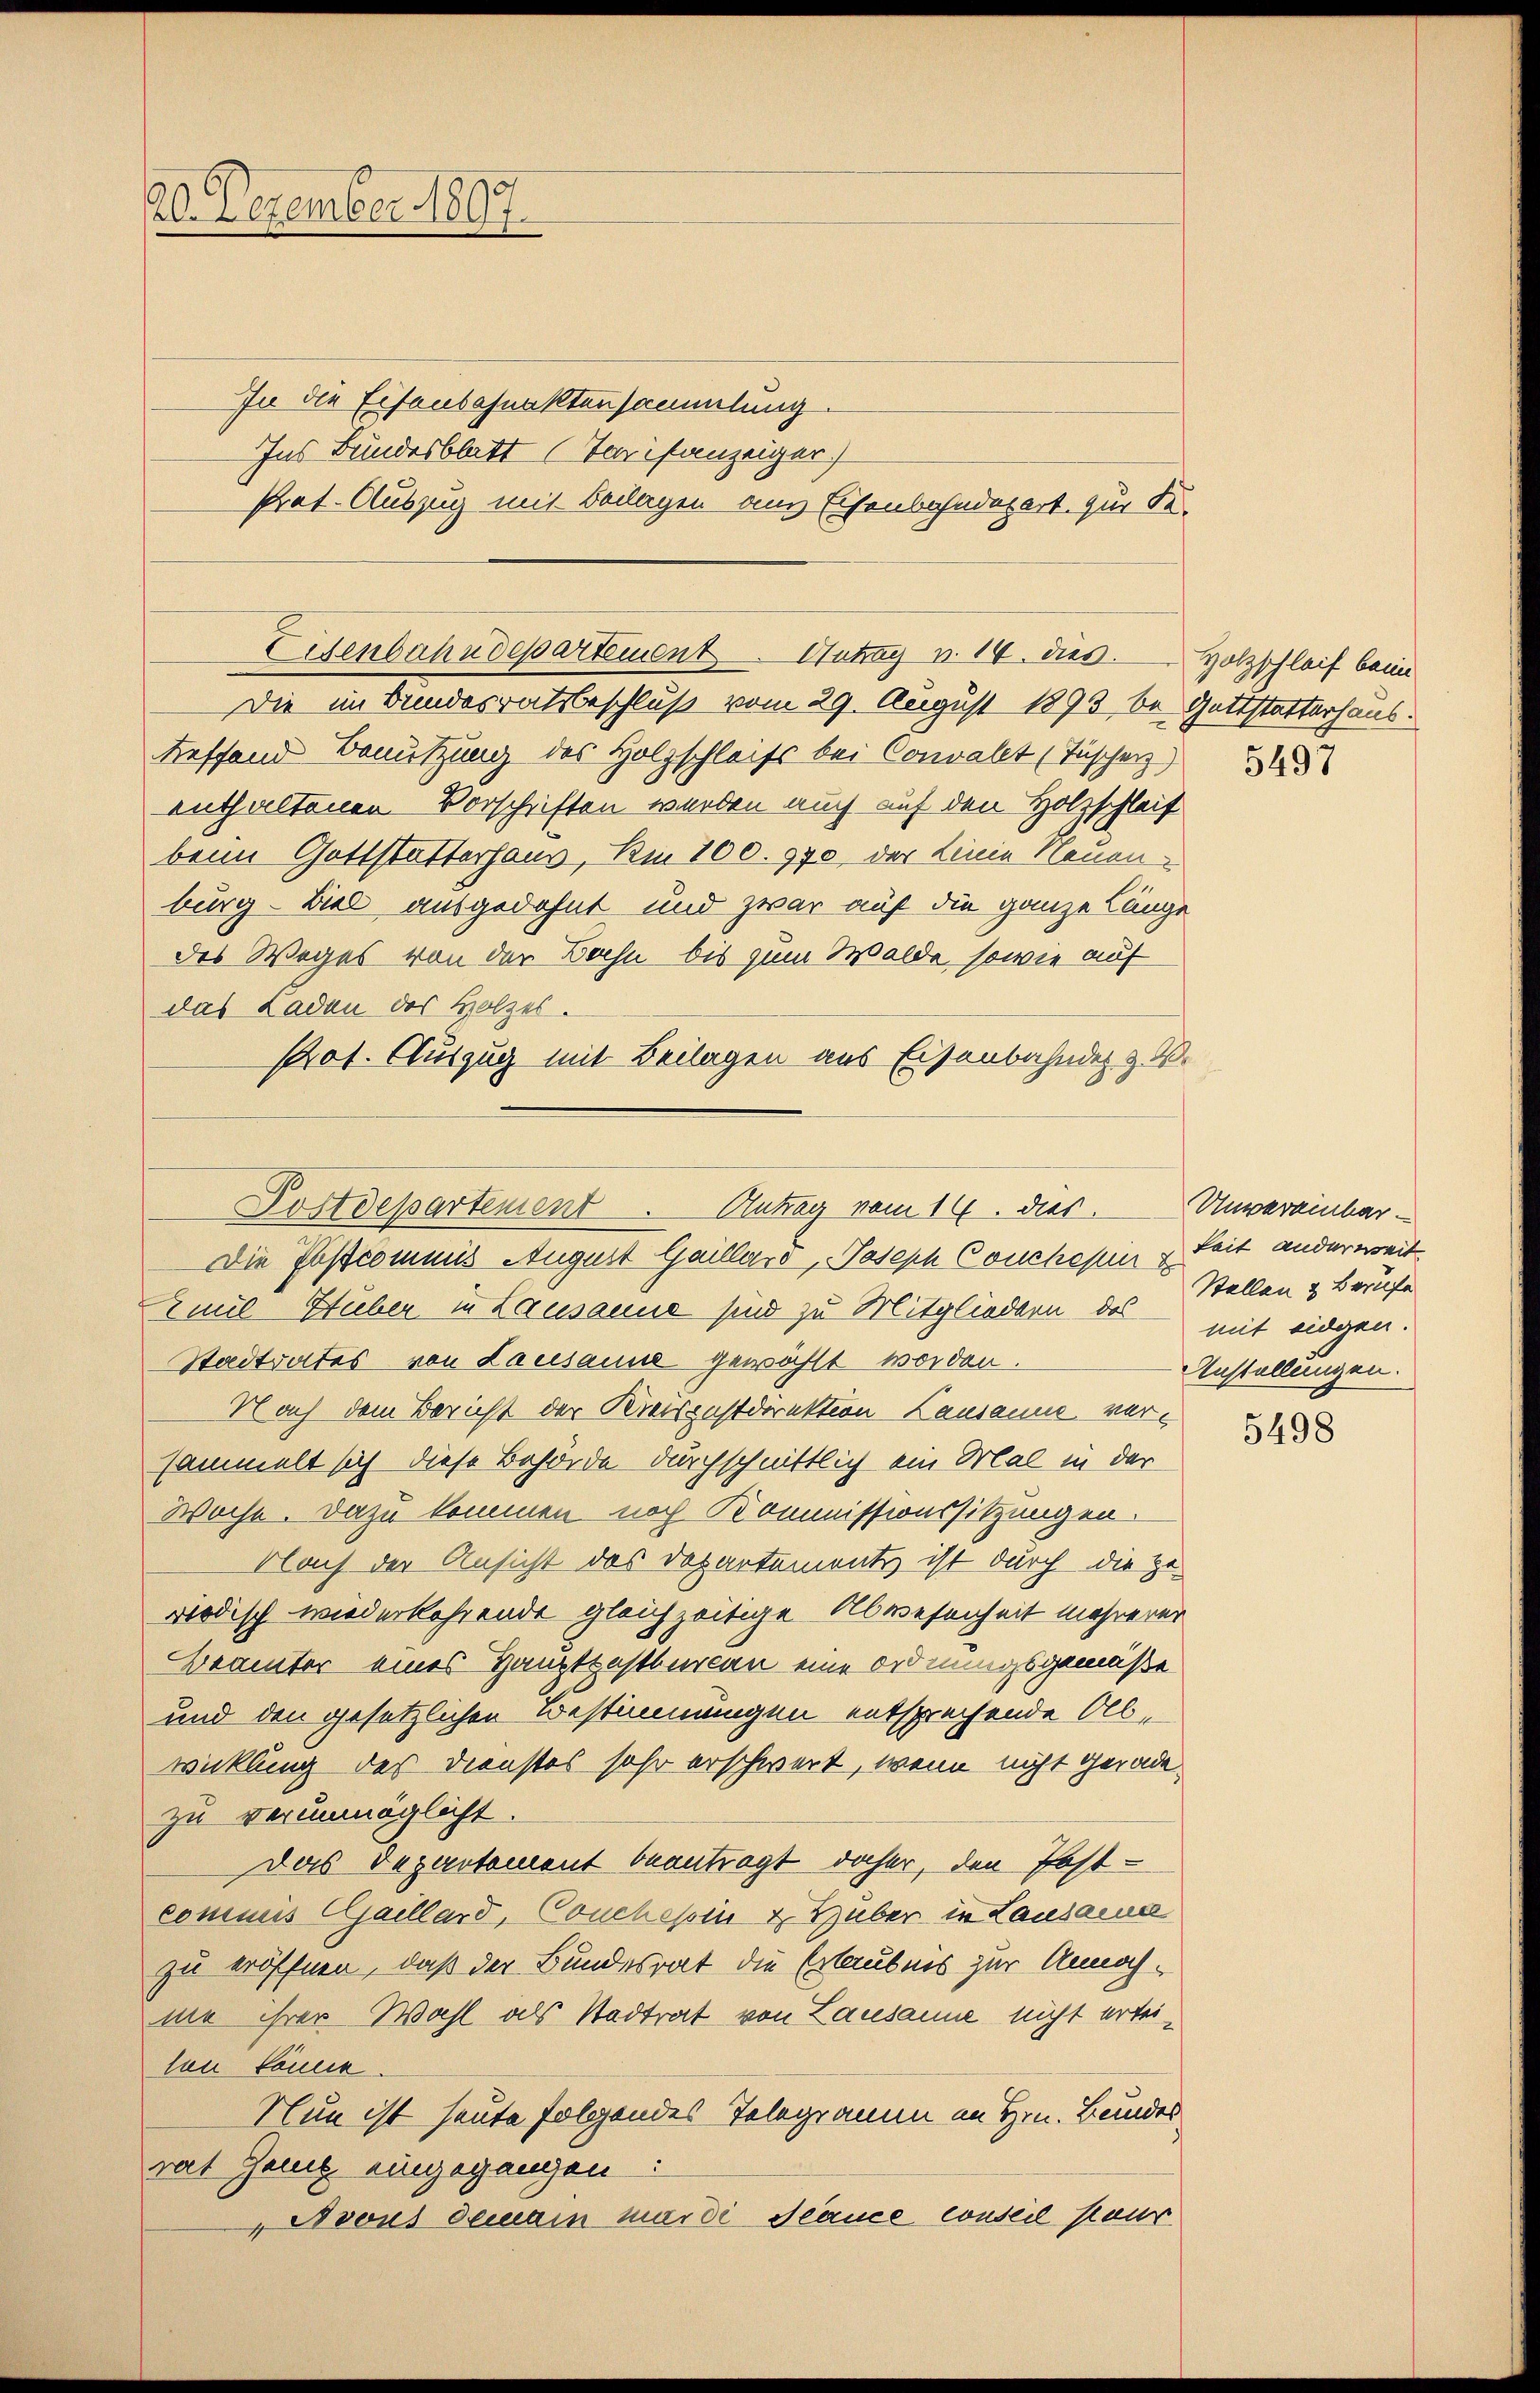
20. Dezember 1897.

In die Eisenbahnaktensammlung.
Ins Bundesblatt (Tarifanzeiger,
Prat. Auszug mit Beilagen auch Eisenbahndepart zur de

Benbahndepartement Antrag v. 14. dies Holzschleif beim

Die im Bundesratsbeschluß vom 29. August 1893 be Gottstatterhaus
teffend Benutzung des Holzschleifs bei Convalet (Tüschen
enthaltenen Vorschriften werden auch auf den Holzschleif
beim Gottstatterhaus, Am 100. 970 der Linie Neuen
burg-Biel ausgedehnt und zwar auf die ganze Länge
des Weges von der Bahn bis zum Walde, sowie auf
das Laden des Holzes.
Prot. Auszug mit Beilagen aus Eisenbahnder z. B.
Emil Stüber in Lausanne sind zu Mitgliedern des
Stadtrates von Lausanne gewählt worden.
Nach dem Bericht der Kreisanstdirektion Lausanne versammelt sich diese Behörde durchschnittlich ein Mal in der
Woche. Dazu kommen noch Kommissionssitzungen.
Nach der Ansicht des Departements ist durch die zu
rodisch wiederkehrende gleichzeitige Abwesenheit mehrerer
Beämter eines Hauptpostbureau eine Ordnungsgemäße
und den gesetzlichen Bestimmungen entsprechende Obwicklung des Dienstes sehr erschwert, wenn nicht geradezu verunmöglicht.
Das Departement beantragt daher, den Post-
commis Gaillard, Conchesin & Huber in Lausanne
zu eröffnen, daß der Bundesrat die Erlaubnis zur Annahme ihrer Wahl als Stadtrat von Lausanne nicht erteiten könne.
Nun ist heute folgendes Telegramm an Hrn. Bundes
rat Ganz eingegangen:
Bsous demain mardi Sauce conseil haus

Postdepartement. Antrag vom 14. dies
Die Postcommis August Gaillard, Joseph Conchesen Zeit anderweit

Unvereinbar
Stellen & Berufe
mit eidgen.
Anstellungen.

5498